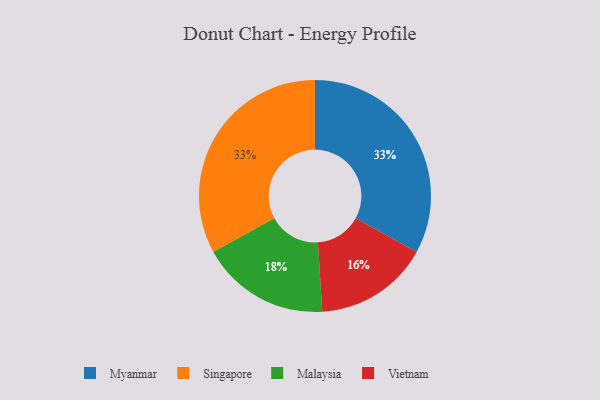
{"axis": {"x": "Category", "y": "Percentage"}, "legend": ["Malaysia", "Myanmar", "Singapore", "Vietnam"], "data": [{"x": "Myanmar", "y": 33, "type": "Myanmar"}, {"x": "Singapore", "y": 33, "type": "Singapore"}, {"x": "Vietnam", "y": 16, "type": "Vietnam"}, {"x": "Malaysia", "y": 18, "type": "Malaysia"}]}